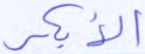
الأبكر